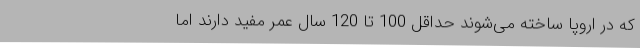
که در اروپا ساخته می‌شوند حداقل 100 تا 120 سال عمر مفید دارند اما